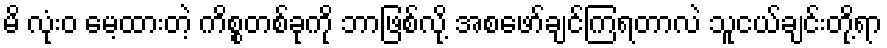
မိ လုံးဝ မေ့ထားတဲ့ ကိစ္စတစ်ခုကို ဘာဖြစ်လို့ အစဖော်ချင်ကြရတာလဲ သူငယ်ချင်းတို့ရာ